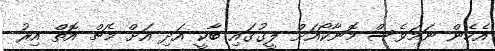
އެހެން ނަމަވެސް މޮނާކޯއަށް ލީގުގައި ބާކީ އަދި އަށް މެޗް އޮތް އިރު